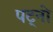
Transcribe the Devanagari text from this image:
पट्नो